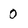
Character: 0